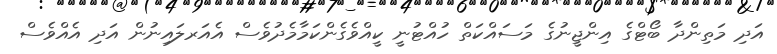
އަދި މަތިންދާ ބޯޓްގެ އިންޖީނުގެ މަސައްކަތް ހުއްޓުނީ ކީއްވެގެންކަމާމެދުވެސް އެއަރލައިނުން އަދި އެއްވެސް